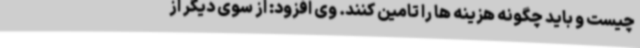
چیست و باید چگونه هزینه ها را تامین کنند. وی افزود: از سوی دیگر از